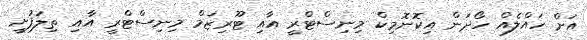
އަށް ހައްލެއް ހޯދަން އިކޮނޮމިކް މިނިސްޓްރީ އާއި ޓޫރިޒަމް މިނިސްޓްރީ އާއި ތިލަފުށީ